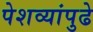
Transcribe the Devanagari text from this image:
पेशव्यांपुढे